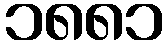
၁၈၈၁